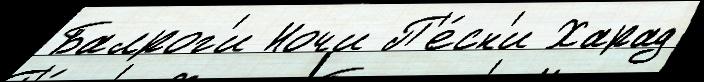
Балрог'и Ночи П'е́сн'и Харад